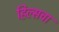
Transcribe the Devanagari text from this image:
हिल्सचा